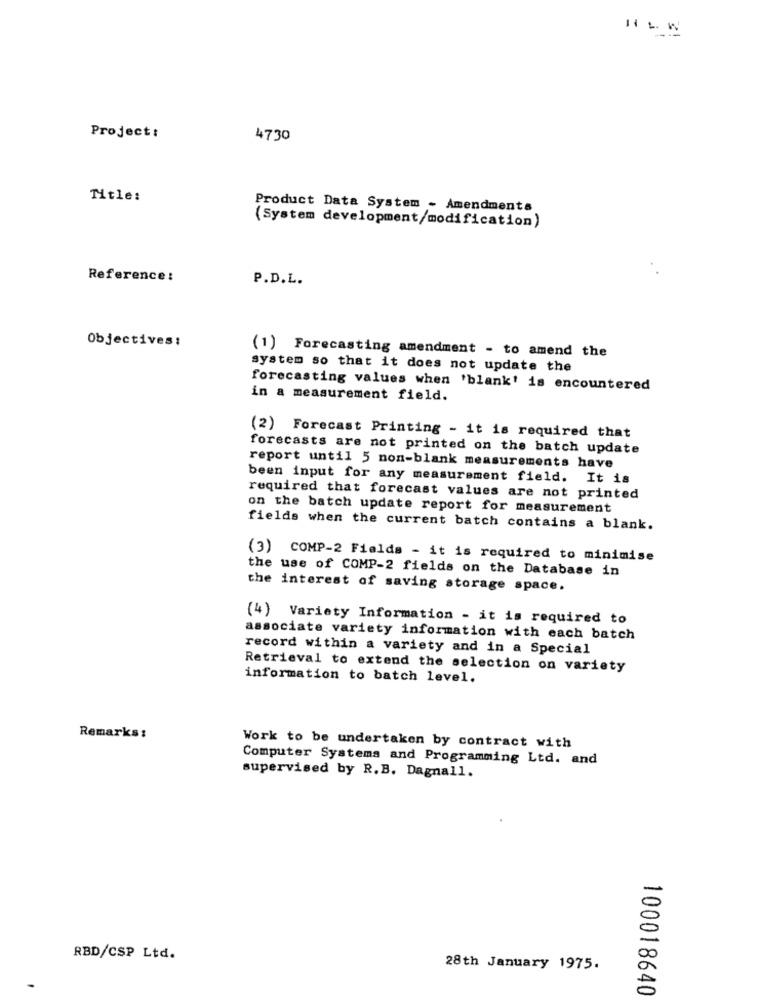
Project:
4730
Title:
Product Data System - Amendments
(System development/modification)
Reference :
P.D.L.
Objectives:
(1) Forecasting amendment - to amend the
system so that it does not update the
forecasting values when 'blank' is encountered
in a measurement field.
(2) Forecast Printing - it is required that
forecasts are not printed on the batch update
report until 5 non-blank measurements have
been input for any measurement field. It is
required that forecast values are not printed
on the batch update report for measurement
fields when the current batch contains a blank.
(3) COMP-2 Fields - it is required to minimise
the use of COMP-2 fields on the Database in
the interest of saving storage space.
(4) Variety Information - it is required to
associate variety information with each batch
record within a variety and in a Special
Retrieval to extend the selection on variety
information to batch level.
Remarks:
Work to be undertaken by contract with
Computer Systems and Programming Ltd. and
supervised by R.B. Dagnall.
RBD/CSP Ltd.
28th January 1975.
100018640